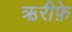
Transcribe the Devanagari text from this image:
ऋरीफ़े